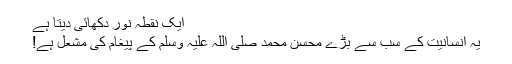
ایک نقطہ نور دکھائی دیتا ہے
یہ انسانیت کے سب سے بڑے محسن محمد صلی اللہ علیہ وسلم کے پیغام کی مشعل ہے!